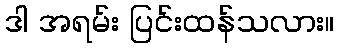
ဒါ အရမ်း ပြင်းထန်သလား။